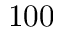
1 0 0